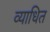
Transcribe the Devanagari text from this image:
व्याधित